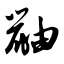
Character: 鼬